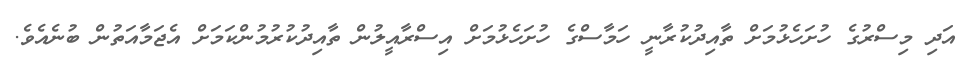
އަދި މިސްރުގެ ހުށަހެޅުމަށް ތާއިދުކުރާނީ ހަމާސްގެ ހުށަހެޅުމަށް އިސްރާއީލުން ތާއިދުކުރުމުންކަމަށް އެޖަމާއަތުން ބުނެއެވެ.